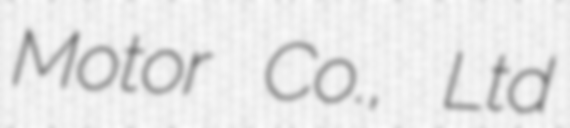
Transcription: Motor Co., Ltd